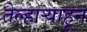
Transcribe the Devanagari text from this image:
तेल्हाऱ्याहून